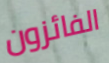
الفائزون